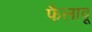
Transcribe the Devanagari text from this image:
फैलावू